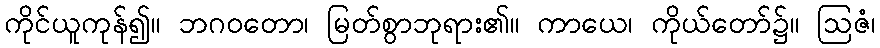
ကိုင်ယူကုန်၍။ ဘဂဝတော၊ မြတ်စွာဘုရား၏။ ကာယေ၊ ကိုယ်တော်၌။ ဩဇံ၊